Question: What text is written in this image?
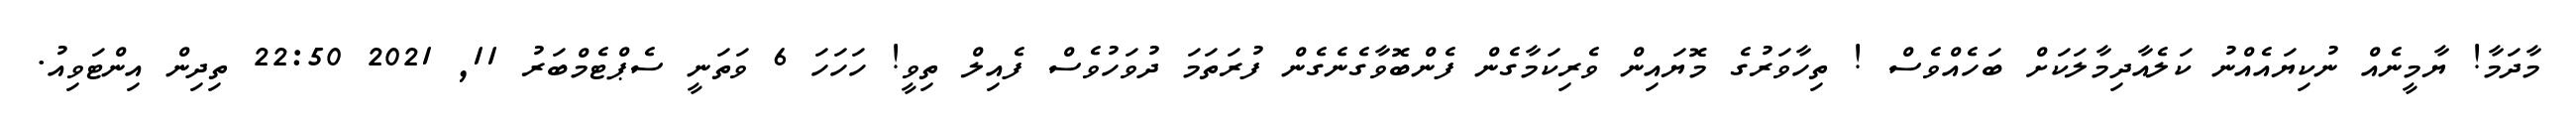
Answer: މާދަމާ! ޔާމީނެއް ނުކިޔައެއްނު ކަލެއާދިމާލަކަށް ބަހެއްވެސް ! ތިހާވަރުގެ މޮޔައިން ވެރިކަމާގެން ފެންބޮވާގެނެގެން ފުރަތަމަ ދުވަހުވެސް ފެއިލް ތިވީ! ހަހަހަ 6 ވަތަނީ ސެޕްޓެމްބަރު 11, 2021 22:50 ތިދިން އިންޓަވިއު.